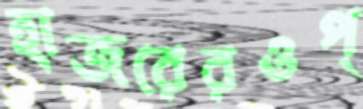
হাজরেরওপ্